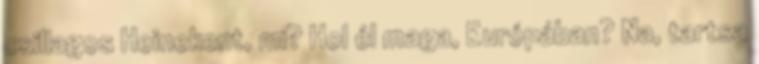
csillagos Heinekent, mi? Hol él maga, Európában? Na, tartsa